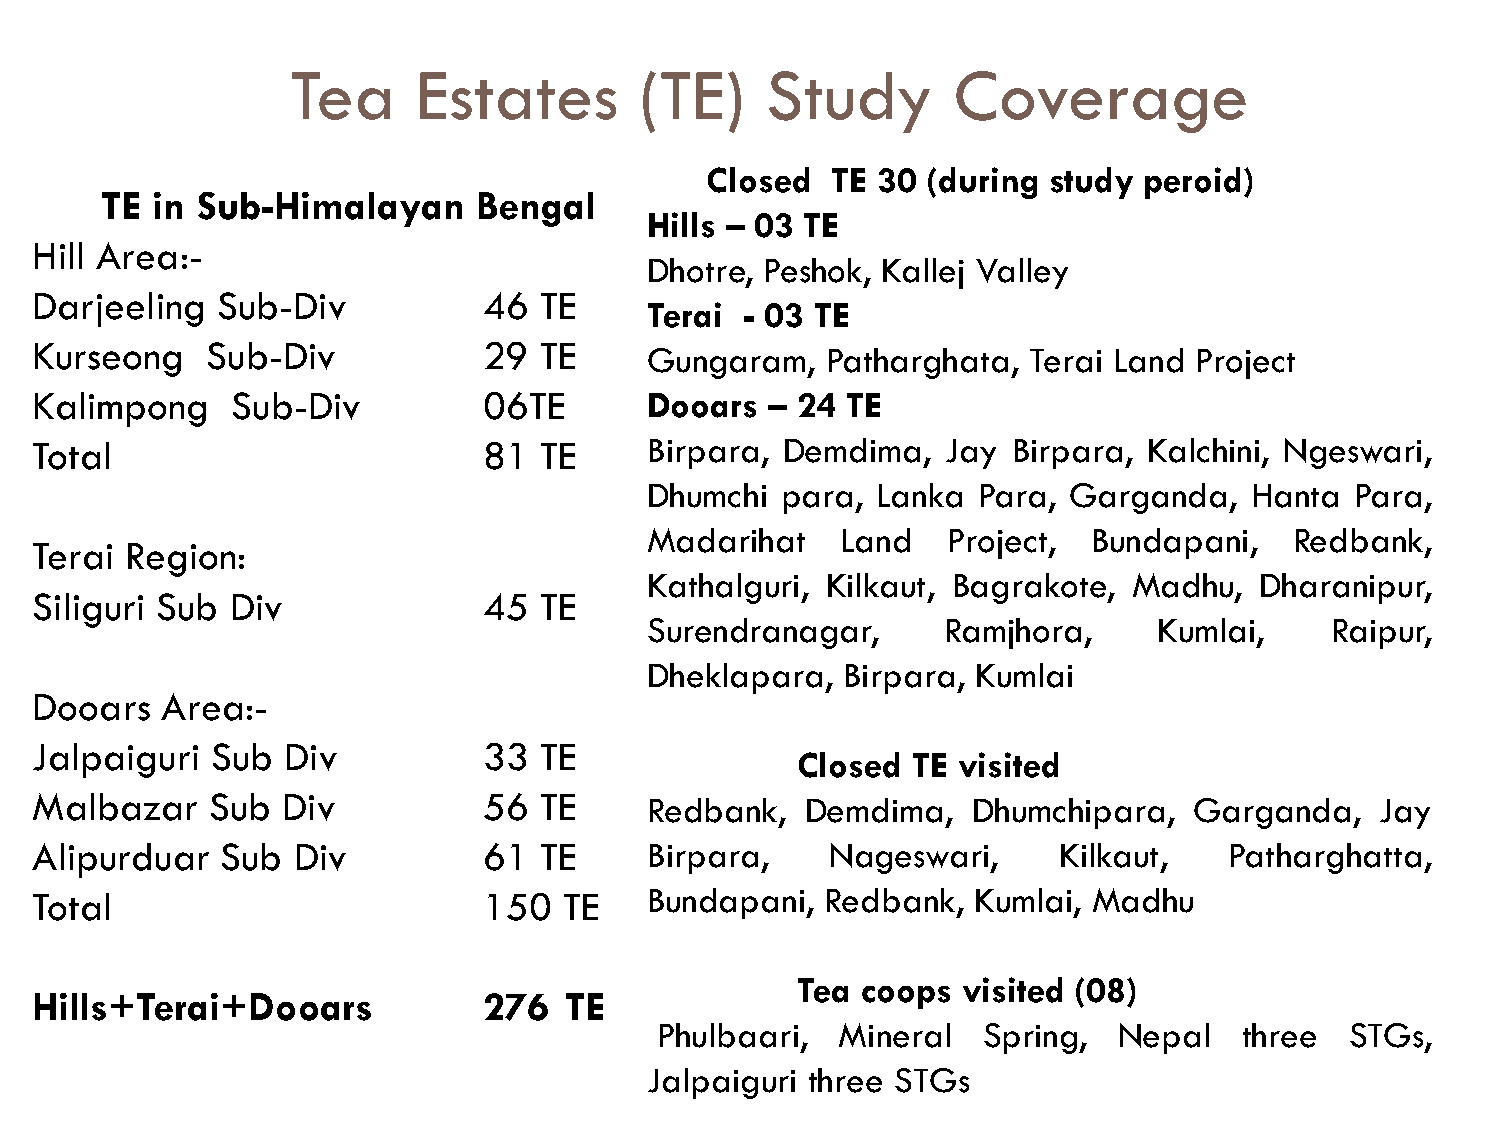
Tea      Estates       (TE)     Study       Coverage
 Closed  TE 30 (during study  peroid)
 TE in Sub-Himalayan      Bengal
 Hills – 03 TE
 Hill Area:-
 Dhotre, Peshok, Kallej Valley
 Darjeeling  Sub-Div           46  TE
 Terai - 03 TE
 Kurseong    Sub-Div           29  TE     Gungaram,   Patharghata, Terai Land Project
 Kalimpong    Sub-Div          06TE       Dooars  – 24 TE
 Total                         81  TE     Birpara, Demdima,   Jay Birpara, Kalchini, Ngeswari,
 Dhumchi  para, Lanka  Para, Garganda,   Hanta  Para,
 Madarihat    Land   Project, Bundapani,    Redbank,
 Terai Region:
 Kathalguri, Kilkaut, Bagrakote, Madhu,  Dharanipur,
 Siliguri Sub Div              45  TE
 Surendranagar,      Ramjhora,     Kumlai,    Raipur,
 Dheklapara,  Birpara, Kumlai
 Dooars   Area:-
 Jalpaiguri  Sub  Div          33  TE
 Closed TE visited
 Malbazar    Sub  Div          56  TE     Redbank,  Demdima,   Dhumchipara,   Garganda,   Jay
 Alipurduar   Sub Div          61  TE     Birpara,    Nageswari,     Kilkaut,   Patharghatta,
 Total                         150  TE    Bundapani,  Redbank, Kumlai, Madhu
 Tea coops  visited (08)
 Hills+Terai+Dooars            276  TE
 Phulbaari,  Mineral  Spring,  Nepal   three  STGs,
 Jalpaiguri three STGs